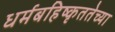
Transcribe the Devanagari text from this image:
धर्मबहिष्कृततेच्या